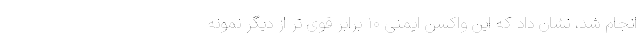
انجام شد، نشان داد که این واکسن ایمنی ۱۰ برابر قوی تر از دیگر نمونه